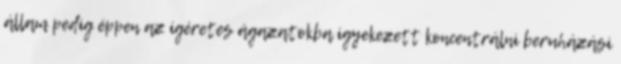
állam pedig éppen az ígéretes ágazatokba igyekezett koncentrálni beruházási